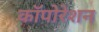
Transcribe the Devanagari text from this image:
कॉपोरेशन